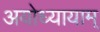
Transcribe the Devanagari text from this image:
अयोध्यायाम्